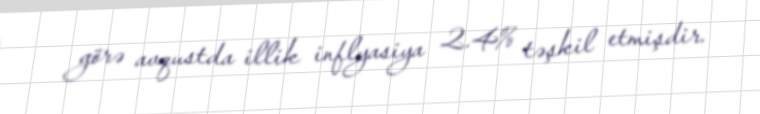
görə avqustda illik inflyasiya 2.4% təşkil etmişdir.